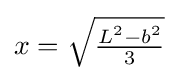
x={\sqrt {\tfrac {L^{2}-b^{2}}{3}}}